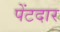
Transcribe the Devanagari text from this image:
पेंटदार